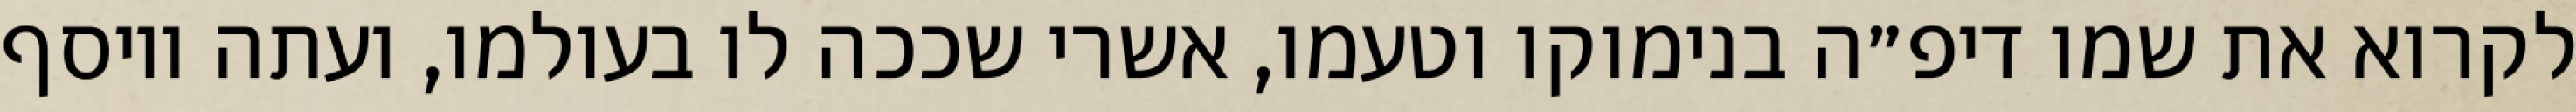
לקרוא את שמו דיפ״ה בנימוקו וטעמו, אשרי שככה לו בעולמו, ועתה ויוסף